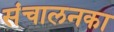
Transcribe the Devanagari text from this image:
संचालनका